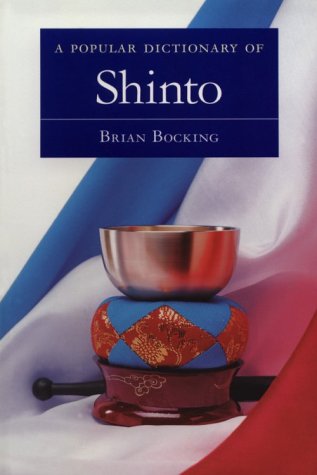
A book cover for A Popular Dictionary of Shinto; Brian Bocking; Religion & Spirituality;